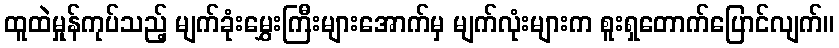
ထူထဲမှုန်ကုပ်သည့် မျက်ခုံးမွှေးကြီးများအောက်မှ မျက်လုံးများက စူးရှတောက်ပြောင်လျက်။